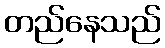
တည်နေသည်